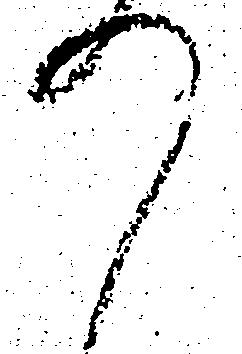
の